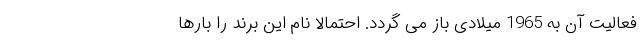
فعالیت آن به 1965 میلادی باز می گردد. احتمالا نام این برند را بارها